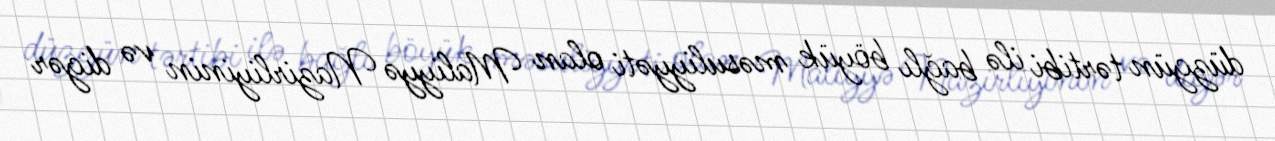
düzgün tərtibi ilə bağlı böyük məsuliyyəti olan Maliyyə Nazirliyinin və digər